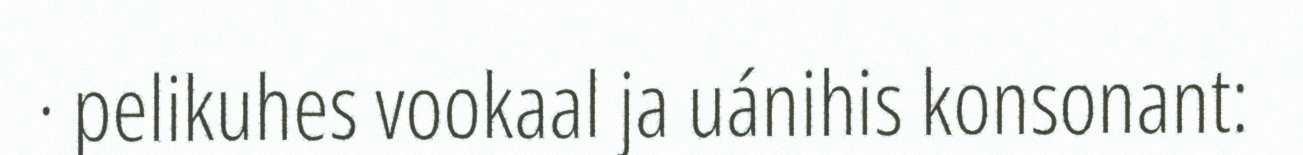
· pelikuhes vookaal ja uánihis konsonant: